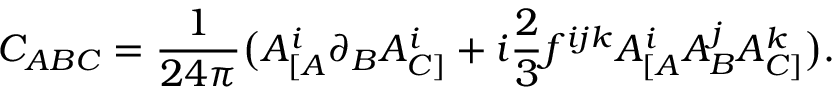
C _ { A B C } = \frac { 1 } { 2 4 \pi } \big ( A _ { [ A } ^ { i } \partial _ { B } A _ { C ] } ^ { i } + i \frac { 2 } { 3 } f ^ { i j k } A _ { [ A } ^ { i } A _ { B } ^ { j } A _ { C ] } ^ { k } \big ) .